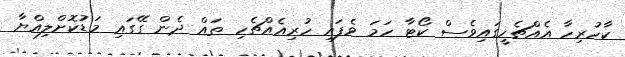
ކާހުރިހާ އެއްޗެހީގައިވެސް ކޯޓާ ހަމަ ވެފައި ހުރިއެއްޗެހި ތައް ދެން ގޭގައި މަޑުކޮށްލިއްޔާ